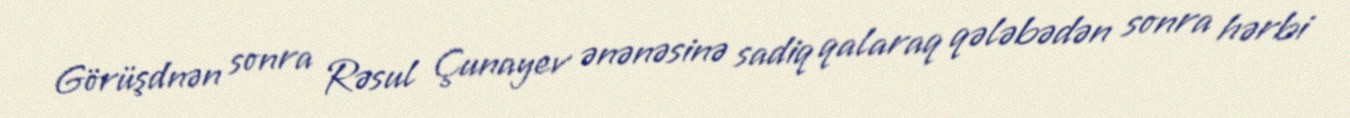
Görüşdnən sonra Rəsul Çunayev ənənəsinə sadiq qalaraq qələbədən sonra hərbi